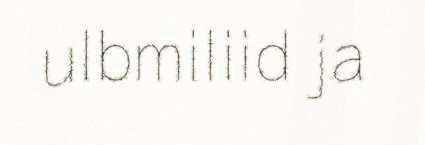
ulbmiliid ja